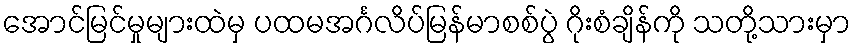
အောင်မြင်မှုများထဲမှ ပထမအင်္ဂလိပ်မြန်မာစစ်ပွဲ ဂိုးစံချိန်ကို သတို့သားမှာ